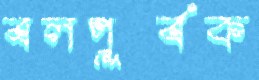
বলপূর্বক